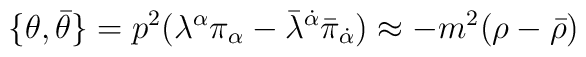
\{\theta ,\bar \theta \}=p^2(\lambda ^\alpha \pi _\alpha -\bar \lambda^{\dot \alpha }\bar \pi _{\dot \alpha })\approx -m^2(\rho -\bar \rho )